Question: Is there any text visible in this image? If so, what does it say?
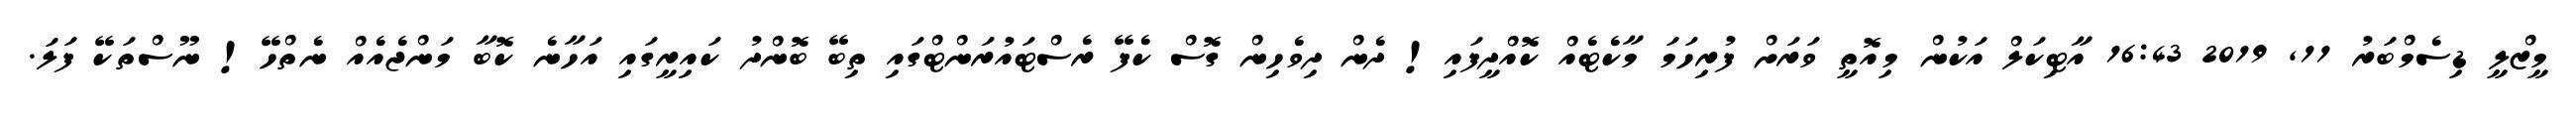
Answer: މީޒްލީ ޑިސެމްބަރު 11, 2019 16:43 އާޓިކަލް އަކުން މިއޮތީ ވަރަށް ފުރިހަމަ މާކެޓެއް ކޮއްދީފައި! ދެން ދިވެހިން ގޮސް ކެފޭ ރެސްޓައުރަންޓްގައި ތިބޭ ބޮންދު ކައިރީގައި އަހާނެ ކޮބާ މަންޖެއެއް ނެތްހޭ! ނޫސްތަކޭ ފަލަ.